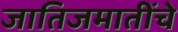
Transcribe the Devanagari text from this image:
जातिजमातींचे